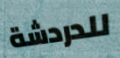
للدردشة